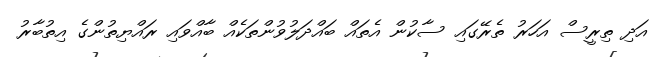
އަދި ތިރީސް އަހަރު ތެރޭގައި ސާކުން އެތައް ބައްދަލުވުންތަކެއް ބާއްވައި ރައްޔިތުންގެ އިތުބާރު